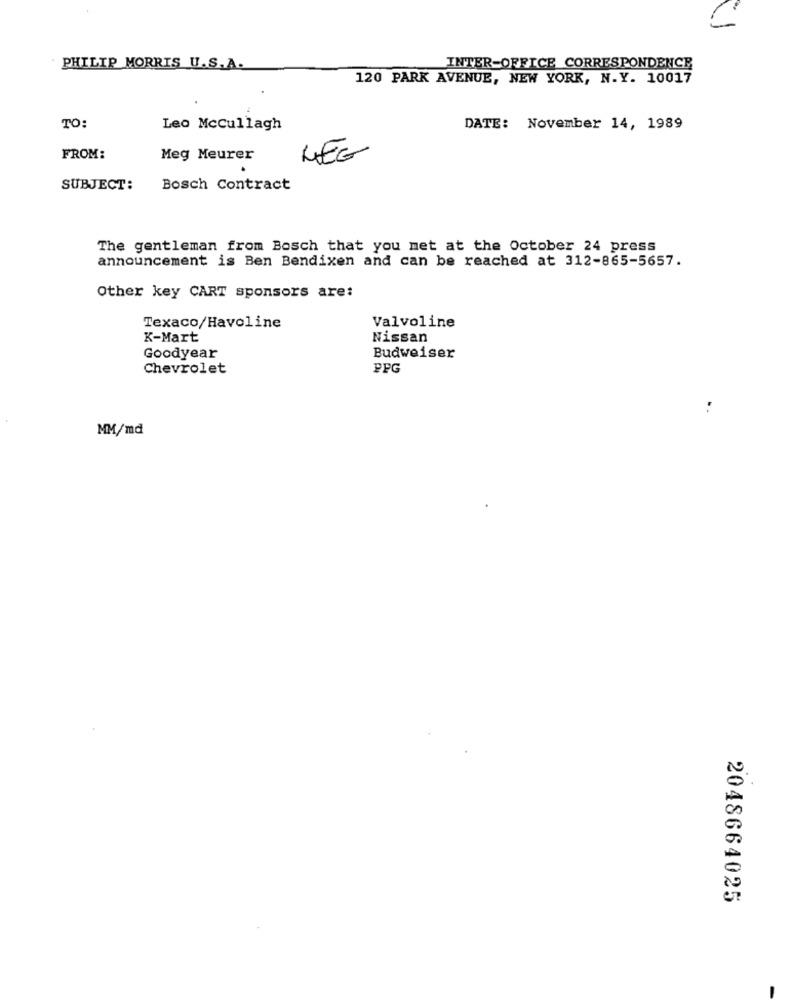
PHILIP MORRIS U.S.A.
INTER-OFFICE CORRESPONDENCE
120 PARK AVENUE, NEW YORK, N.Y. 10017
TO:
Leo McCullagh
DATE: November 14, 1989
FROM:
Meg Meurer
LEG
SUBJECT:
Bosch Contract
The gentleman from Bosch that you met at the October 24 press
announcement is Ben Bendixen and can be reached at 312-865-5657.
Other key CART sponsors are:
Texaco/Havoline
Valvoline
K-Mart
Nissan
Goodyear
Budweiser
Chevrolet
PFG
..
MM/md
2048664025